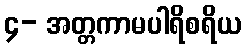
၄- အတ္တကာမပါရိစရိယ